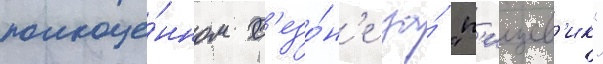
полноце́нном с'езо́н'е за́ "п'ищев'ик"